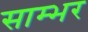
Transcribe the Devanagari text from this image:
साम्‍भर